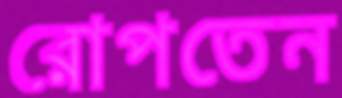
রোপতেন